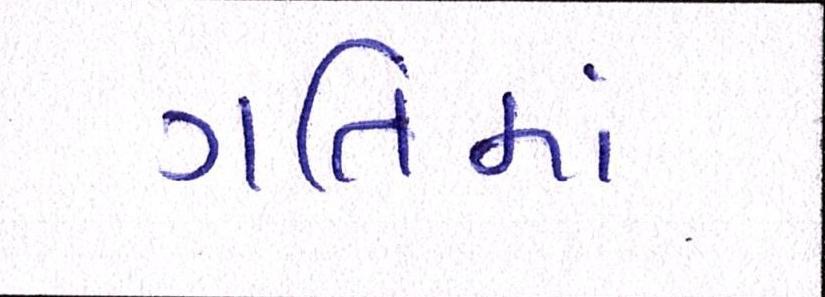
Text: ગતિમાં